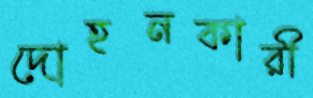
দোহনকারী